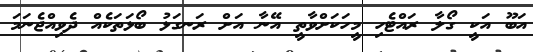
އަބޫ އަކީ ގޯލާ ރައްޓެހި މީހަކަށްވާތީ އޭނާ އަށް ރަނގަޅު ބޯޅަތަކެއް ދެވިއްޖެނަމަ